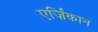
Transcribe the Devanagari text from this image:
एर्ज़िंकान